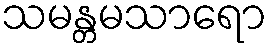
သမန္တမသာရော